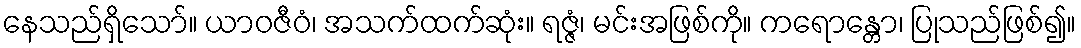
နေသည်ရှိသော်။ ယာဝဇီဝံ၊ အသက်ထက်ဆုံး။ ရဇ္ဇံ၊ မင်းအဖြစ်ကို။ ကရောန္တော၊ ပြုသည်ဖြစ်၍။